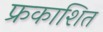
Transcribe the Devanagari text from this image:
फ्रकाशित